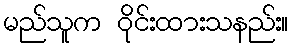
မည်သူက ဝိုင်းထားသနည်း။